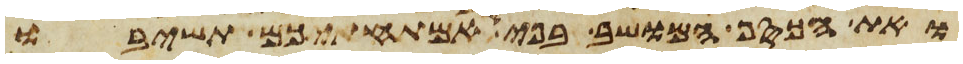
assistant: ואת הכסף המושב בפי אמתחתיכם תשיבו